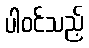
ပါဝင်သည့်